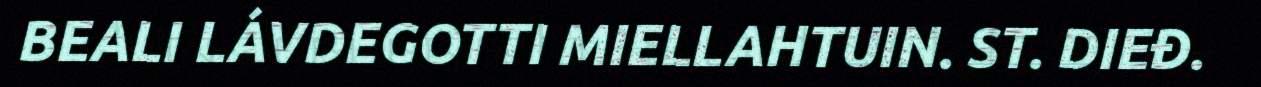
BEALI LÁVDEGOTTI MIELLAHTUIN. ST. DIEĐ.